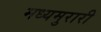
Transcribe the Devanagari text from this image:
मध्यमुरारी